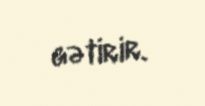
gətirir.